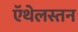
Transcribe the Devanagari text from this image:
ऍथेलस्तन